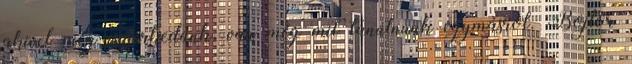
akivel még ismerkedünk, van még mit tanulnunk egymásról. Bojtor